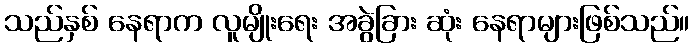
သည်နှစ် နေရာက လူမျိုးရေး အခွဲခြား ဆုံး နေရာများဖြစ်သည်။